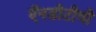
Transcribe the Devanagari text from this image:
ऍनडीटीवी